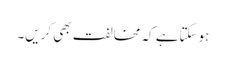
ہوسکتاہے کہ مخالفت بھی کریں۔